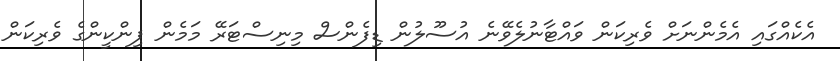
އެކެއްގައި އެމެންނަށް ވެރިކަން ވައްޓާނުލެވޭނެ އުސޫލުން ޑިފެންސް މިނިސްޓަރޭ މަމެން ޕިންކީންގެ ވެރިކަން